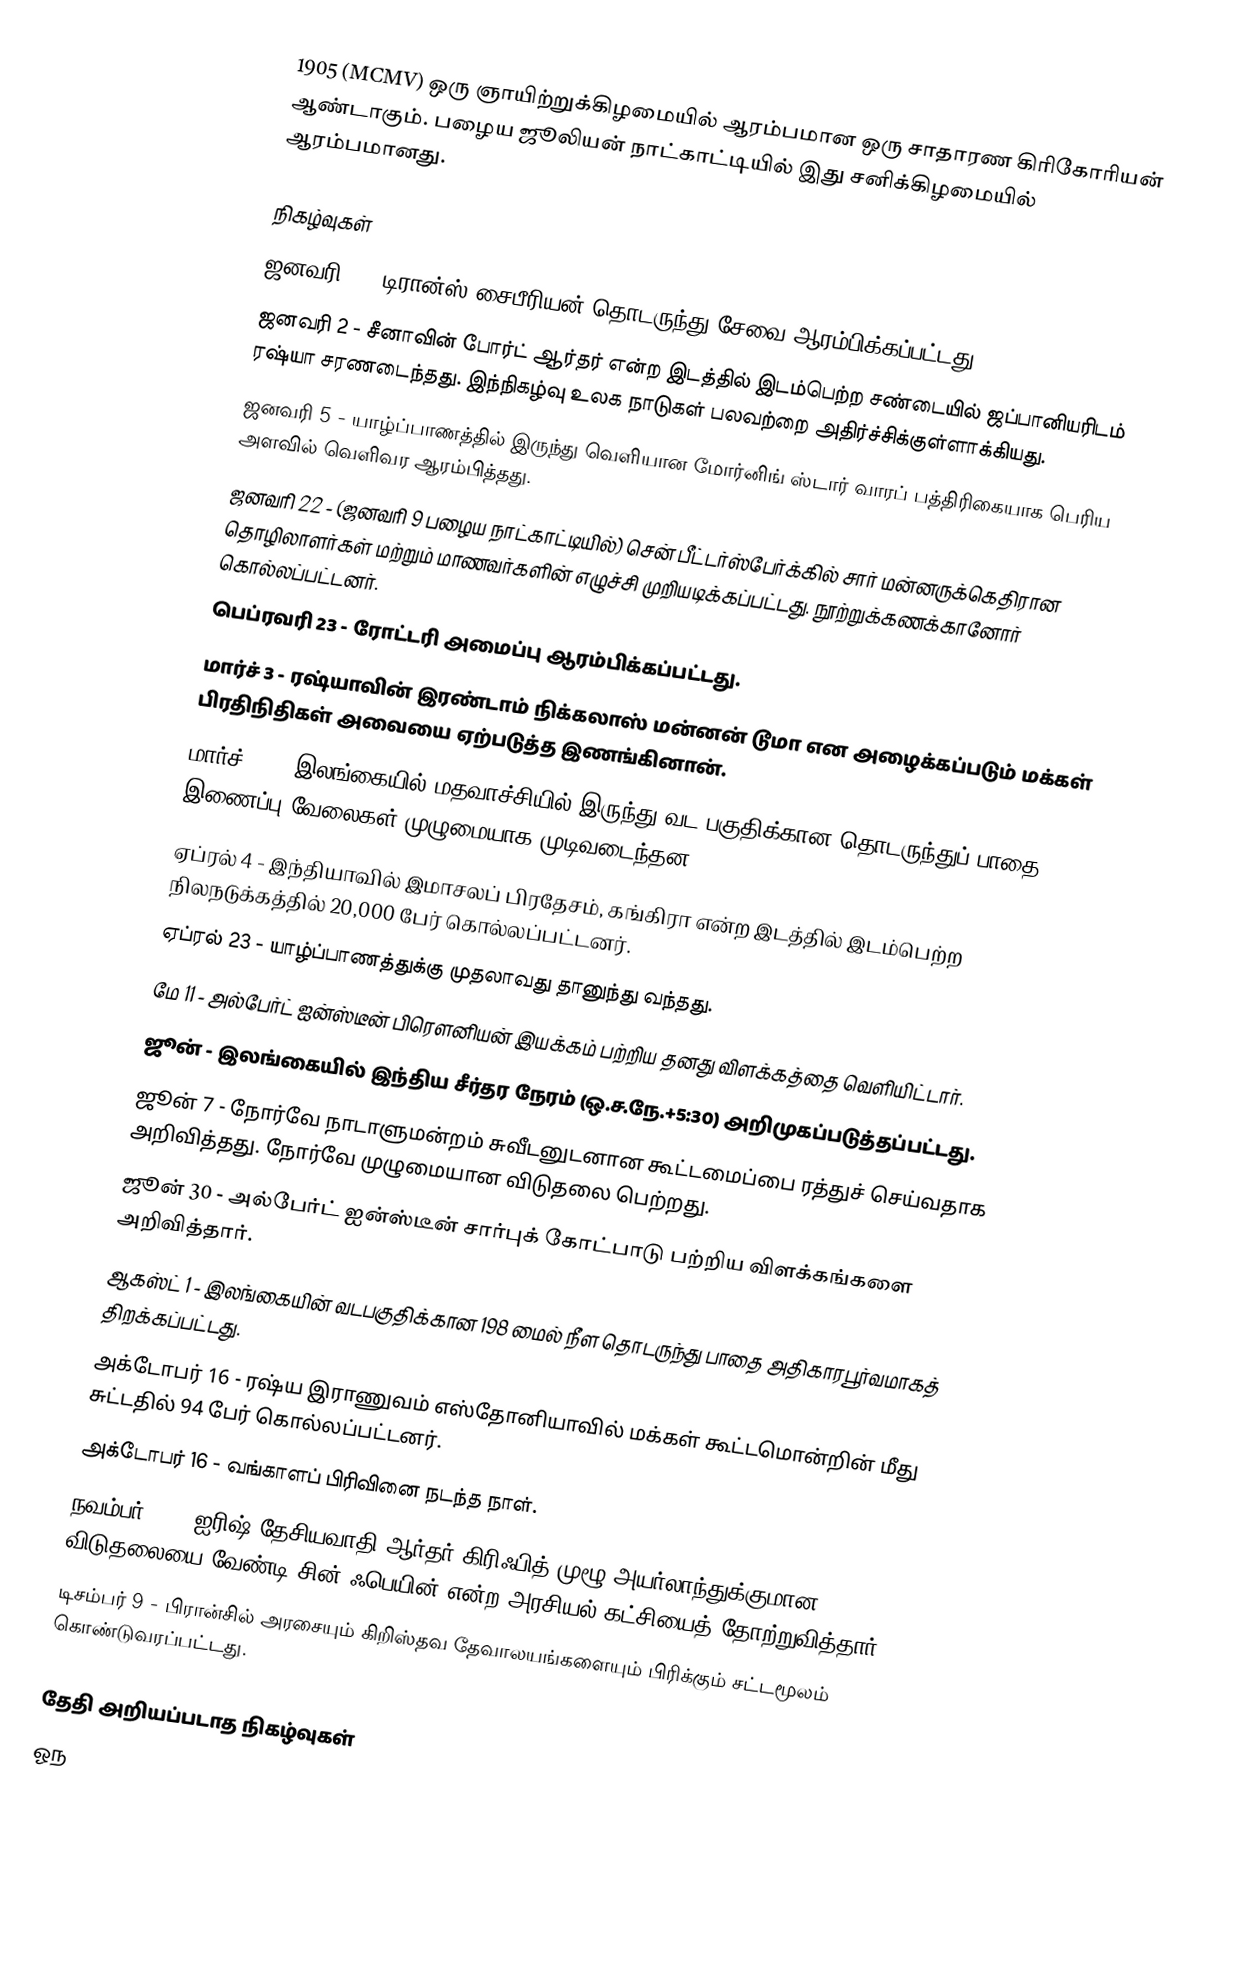
1905  (MCMV) ஒரு ஞாயிற்றுக்கிழமையில் ஆரம்பமான ஒரு சாதாரண கிரிகோரியன் ஆண்டாகும். பழைய ஜூலியன் நாட்காட்டியில் இது சனிக்கிழமையில் ஆரம்பமானது.

நிகழ்வுகள்
 ஜனவரி 1 - டிரான்ஸ்-சைபீரியன் தொடருந்து சேவை ஆரம்பிக்கப்பட்டது.
 ஜனவரி 2 - சீனாவின் போர்ட் ஆர்தர் என்ற இடத்தில் இடம்பெற்ற சண்டையில் ஜப்பானியரிடம் ரஷ்யா சரணடைந்தது. இந்நிகழ்வு உலக நாடுகள் பலவற்றை அதிர்ச்சிக்குள்ளாக்கியது.
 ஜனவரி 5 - யாழ்ப்பாணத்தில் இருந்து வெளியான மோர்னிங் ஸ்டார் வாரப் பத்திரிகையாக பெரிய அளவில் வெளிவர ஆரம்பித்தது.
 ஜனவரி 22 - (ஜனவரி 9 பழைய நாட்காட்டியில்) சென் பீட்டர்ஸ்பேர்க்கில் சார் மன்னருக்கெதிரான தொழிலாளர்கள் மற்றும் மாணவர்களின் எழுச்சி முறியடிக்கப்பட்டது. நூற்றுக்கணக்கானோர் கொல்லப்பட்டனர்.
 பெப்ரவரி 23 - ரோட்டரி அமைப்பு ஆரம்பிக்கப்பட்டது.
 மார்ச் 3 - ரஷ்யாவின் இரண்டாம் நிக்கலாஸ் மன்னன் டூமா என அழைக்கப்படும் மக்கள் பிரதிநிதிகள் அவையை ஏற்படுத்த இணங்கினான்.
 மார்ச் 11 - இலங்கையில் மதவாச்சியில் இருந்து வட பகுதிக்கான தொடருந்துப் பாதை இணைப்பு வேலைகள் முழுமையாக முடிவடைந்தன.
 ஏப்ரல் 4 - இந்தியாவில் இமாசலப் பிரதேசம், கங்கிரா என்ற இடத்தில் இடம்பெற்ற நிலநடுக்கத்தில் 20,000 பேர் கொல்லப்பட்டனர்.
 ஏப்ரல் 23 - யாழ்ப்பாணத்துக்கு முதலாவது தானுந்து வந்தது.
 மே 11 - அல்பேர்ட் ஐன்ஸ்டீன் பிரௌனியன் இயக்கம் பற்றிய தனது விளக்கத்தை வெளியிட்டார்.
 ஜூன் - இலங்கையில் இந்திய சீர்தர நேரம் (ஒ.ச.நே.+5:30) அறிமுகப்படுத்தப்பட்டது.
 ஜூன் 7 - நோர்வே நாடாளுமன்றம் சுவீடனுடனான கூட்டமைப்பை ரத்துச் செய்வதாக அறிவித்தது. நோர்வே முழுமையான விடுதலை பெற்றது.
 ஜூன் 30 - அல்பேர்ட் ஐன்ஸ்டீன் சார்புக் கோட்பாடு பற்றிய விளக்கங்களை அறிவித்தார்.
 ஆகஸ்ட் 1 - இலங்கையின் வடபகுதிக்கான 198 மைல் நீள தொடருந்து பாதை அதிகாரபூர்வமாகத் திறக்கப்பட்டது.
 அக்டோபர் 16 - ரஷ்ய இராணுவம் எஸ்தோனியாவில் மக்கள் கூட்டமொன்றின் மீது சுட்டதில் 94 பேர் கொல்லப்பட்டனர்.
 அக்டோபர் 16 - வங்காளப் பிரிவினை நடந்த நாள்.
 நவம்பர் 28 - ஐரிஷ் தேசியவாதி ஆர்தர் கிரிஃபித் முழூ அயர்லாந்துக்குமான விடுதலையை வேண்டி சின் ஃபெயின் என்ற அரசியல் கட்சியைத் தோற்றுவித்தார்.
 டிசம்பர் 9 - பிரான்சில் அரசையும் கிறிஸ்தவ தேவாலயங்களையும் பிரிக்கும் சட்டமூலம் கொண்டுவரப்பட்டது.

தேதி அறியப்படாத நிகழ்வுகள்
 ஓந